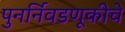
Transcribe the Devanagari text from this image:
पुनर्निवडणूकीचे